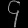
Digit: ၄